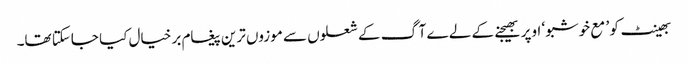
بھینٹ کو ’ مع خوشبو ‘ اوپر بھیجنے کے لے ے آگ کے شعلوں سے موزوں ترین پیغام بر خیال کیا جاسکتا تھا۔